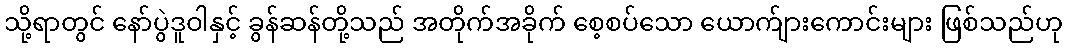
သို့ရာတွင် နော်ပွဲဒူဝါနှင့် ခွန်ဆန်တို့သည် အတိုက်အခိုက် စေ့စပ်သော ယောက်ျားကောင်းများ ဖြစ်သည်ဟု